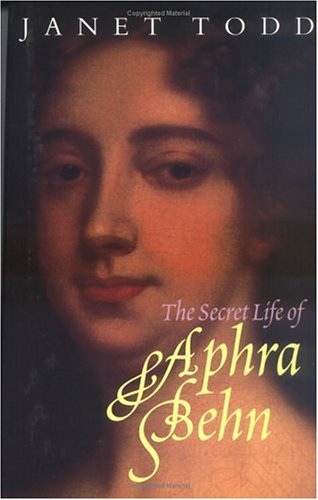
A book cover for The Secret Life of Aphra Behn; Janet Todd; History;